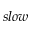
s l o w